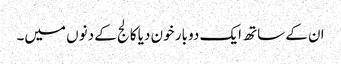
ان کے ساتھ ایک دو بار خون دیا کالج کے دنوں میں۔